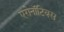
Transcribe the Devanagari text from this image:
एरोनॉटिक्‍स